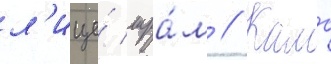
л'ице́ шра́м // Камо